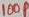
Text: 100p